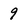
Character: 9